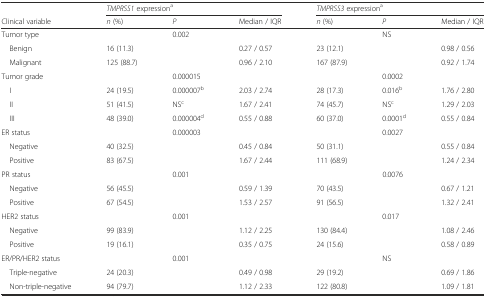
<table><thead><tr><td></td><td colspan="3"><b><i>TMPRSS1</i> expression<sup>a</sup></b></td><td colspan="3"><b><i>TMPRSS3</i> expression<sup>a</sup></b></td></tr><tr><td><b>Clinical variable</b></td><td><b><i>n</i> (%)</b></td><td><b><i>P</i></b></td><td><b>Median / IQR</b></td><td><b><i>n</i> (%)</b></td><td><b><i>P</i></b></td><td><b>Median / IQR</b></td></tr></thead><tbody><tr><td>Tumor type</td><td></td><td>0.002</td><td></td><td></td><td>NS</td><td></td></tr><tr><td> Benign</td><td>16 (11.3)</td><td></td><td>0.27 / 0.57</td><td>23 (12.1)</td><td></td><td>0.98 / 0.56</td></tr><tr><td> Malignant</td><td>125 (88.7)</td><td></td><td>0.96 / 2.10</td><td>167 (87.9)</td><td></td><td>0.92 / 1.74</td></tr><tr><td>Tumor grade</td><td></td><td>0.000015</td><td></td><td></td><td>0.0002</td><td></td></tr><tr><td> I</td><td>24 (19.5)</td><td>0.000007<sup>b</sup></td><td>2.03 / 2.74</td><td>28 (17.3)</td><td>0.016<sup>b</sup></td><td>1.76 / 2.80</td></tr><tr><td> II</td><td>51 (41.5)</td><td>NS<sup>c</sup></td><td>1.67 / 2.41</td><td>74 (45.7)</td><td>NS<sup>c</sup></td><td>1.29 / 2.03</td></tr><tr><td> III</td><td>48 (39.0)</td><td>0.000004<sup>d</sup></td><td>0.55 / 0.88</td><td>60 (37.0)</td><td>0.0001<sup>d</sup></td><td>0.55 / 0.84</td></tr><tr><td>ER status</td><td></td><td>0.000003</td><td></td><td></td><td>0.0027</td><td></td></tr><tr><td> Negative</td><td>40 (32.5)</td><td></td><td>0.45 / 0.84</td><td>50 (31.1)</td><td></td><td>0.55 / 0.84</td></tr><tr><td> Positive</td><td>83 (67.5)</td><td></td><td>1.67 / 2.44</td><td>111 (68.9)</td><td></td><td>1.24 / 2.34</td></tr><tr><td>PR status</td><td></td><td>0.001</td><td></td><td></td><td>0.0076</td><td></td></tr><tr><td> Negative</td><td>56 (45.5)</td><td></td><td>0.59 / 1.39</td><td>70 (43.5)</td><td></td><td>0.67 / 1.21</td></tr><tr><td> Positive</td><td>67 (54.5)</td><td></td><td>1.53 / 2.57</td><td>91 (56.5)</td><td></td><td>1.32 / 2.41</td></tr><tr><td>HER2 status</td><td></td><td>0.001</td><td></td><td></td><td>0.017</td><td></td></tr><tr><td> Negative</td><td>99 (83.9)</td><td></td><td>1.12 / 2.25</td><td>130 (84.4)</td><td></td><td>1.08 / 2.46</td></tr><tr><td> Positive</td><td>19 (16.1)</td><td></td><td>0.35 / 0.75</td><td>24 (15.6)</td><td></td><td>0.58 / 0.89</td></tr><tr><td>ER/PR/HER2 status</td><td></td><td>0.001</td><td></td><td></td><td>NS</td><td></td></tr><tr><td> Triple-negative</td><td>24 (20.3)</td><td></td><td>0.49 / 0.98</td><td>29 (19.2)</td><td></td><td>0.69 / 1.86</td></tr><tr><td> Non-triple-negative</td><td>94 (79.7)</td><td></td><td>1.12 / 2.33</td><td>122 (80.8)</td><td></td><td>1.09 / 1.81</td></tr></tbody></table>